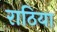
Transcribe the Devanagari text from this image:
राठिया